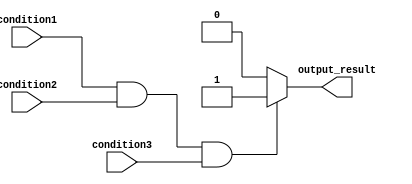
module if_else_block (
    input wire condition1,
    input wire condition2,
    input wire condition3,
    output reg output_result
);

always @(*)
begin
    if (condition1 && condition2 && condition3) begin
        // statements to be executed if all conditions are true
        output_result = 1;
    end
    else begin
        // statements to be executed if any condition is false
        output_result = 0;
    end
end

endmodule